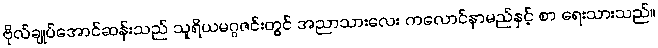
ဗိုလ်ချုပ်အောင်ဆန်းသည် သူရိယမဂ္ဂဇင်းတွင် အညာသားလေး ကလောင်နာမည်နှင့် စာ ရေးသားသည်။